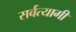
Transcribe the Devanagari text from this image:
सर्वत्यागी